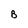
Character: B